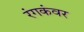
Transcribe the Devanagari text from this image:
रंगकंवर